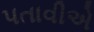
પતાવીએ